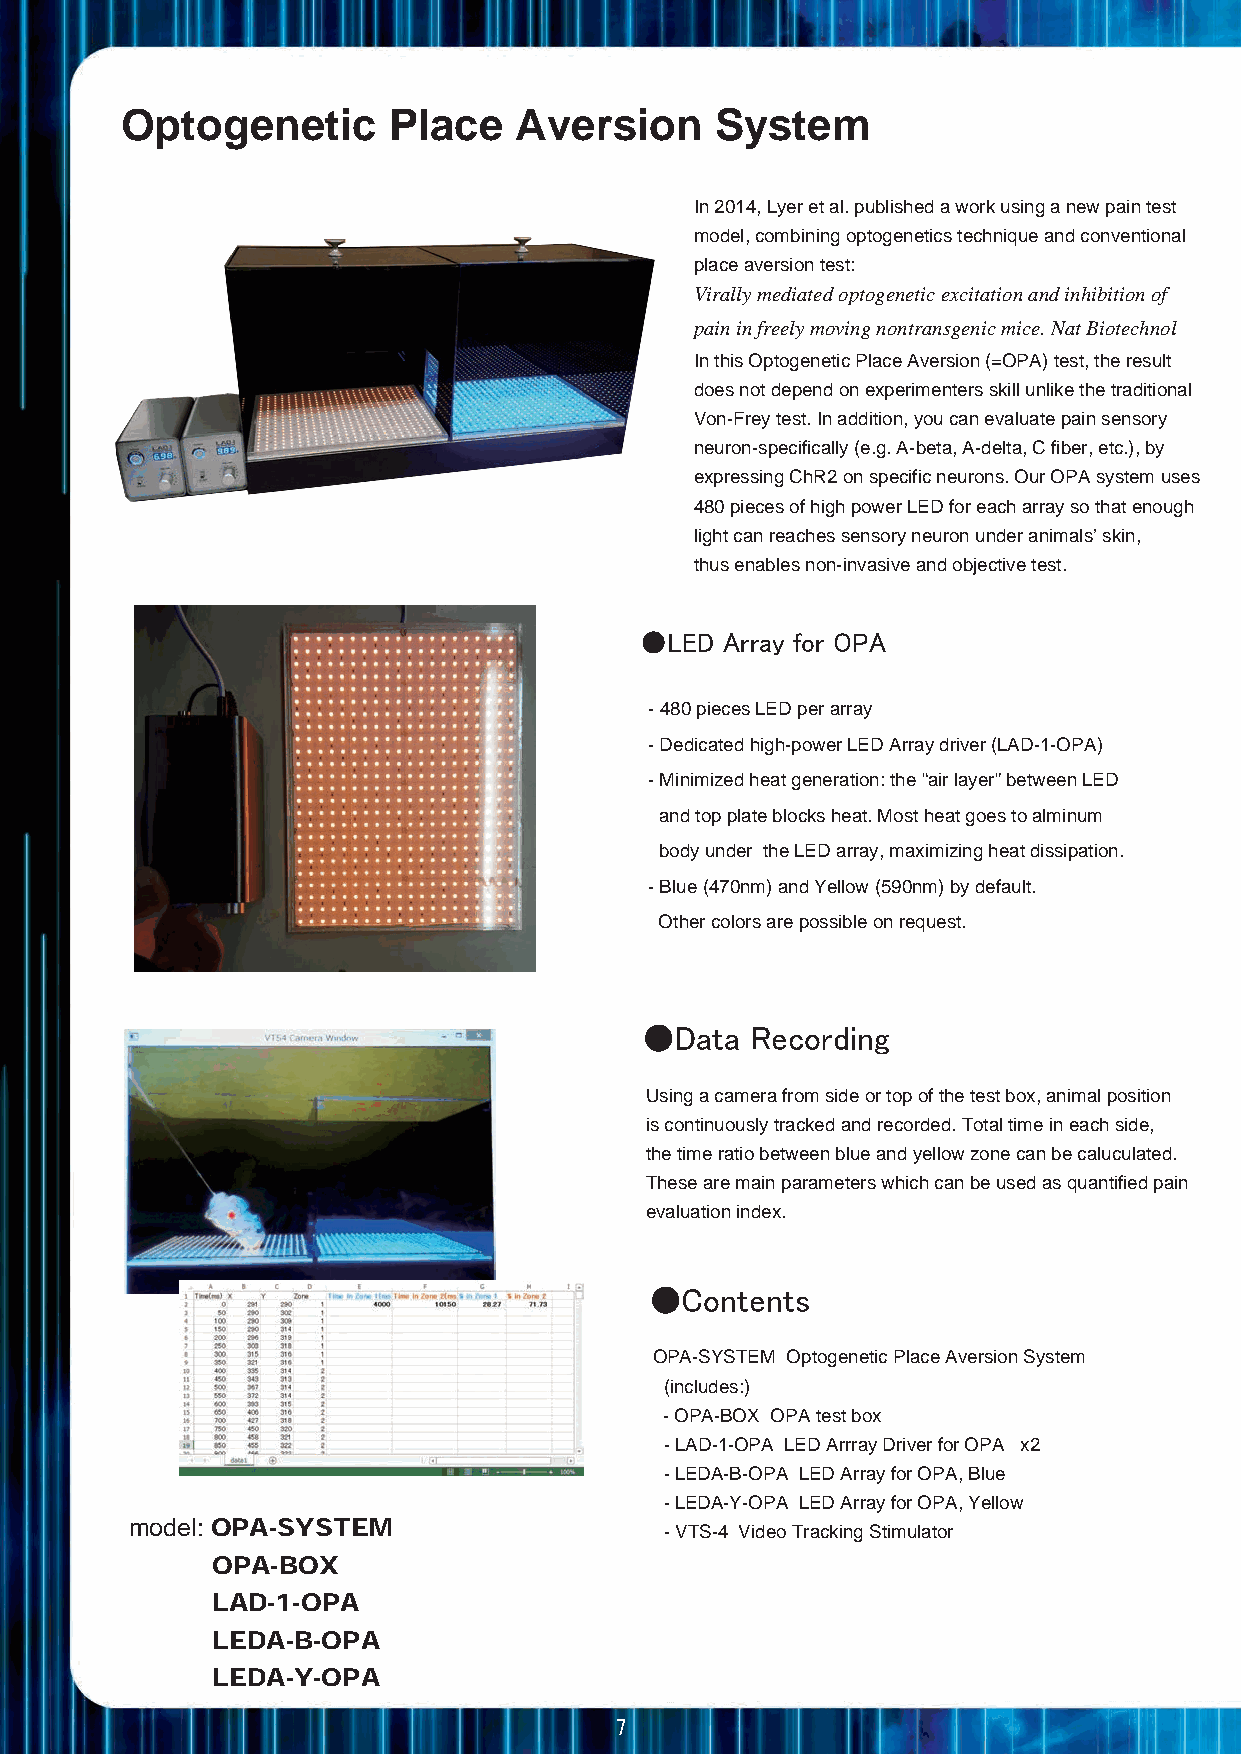
Optogenetic       Place   Aversion     System
 In 2014, Lyer et al. published a work using a new pain test
 model, combining optogenetics technique and conventional
 place aversion test:
 Virally mediated optogenetic excitation and inhibition of
 pain in freely moving nontransgenic mice. Nat Biotechnol
 In this Optogenetic Place Aversion (=OPA) test, the result
 does not depend on experimenters skill unlike the traditional
 Von-Frey test. In addition, you can evaluate pain sensory
 neuron-specifically (e.g. A-beta, A-delta, C fiber, etc.), by
 expressing ChR2 on specific neurons. Our OPA system uses
 480 pieces of high power LED for each array so that enough
 light can reaches sensory neuron under animals’ skin,
 thus enables non-invasive and objective test.
 ●LED  Array for OPA
 - 480 pieces LED per array
 - Dedicated high-power LED Array driver (LAD-1-OPA)
 - Minimized heat generation: the “air layer” between LED
 and top plate blocks heat. Most heat goes to alminum
 body under the LED array, maximizing heat dissipation.
 - Blue (470nm) and Yellow (590nm) by default.
 Other colors are possible on request.
 ●Data   Recording
 Using a camera from side or top of the test box, animal position
 is continuously tracked and recorded. Total time in each side,
 the time ratio between blue and yellow zone can be caluculated.
 These are main parameters which can be used as quantified pain
 evaluation index.
 ●Contents
 OPA-SYSTEM Optogenetic Place Aversion System
 (includes:)
 - OPA-BOX OPA test box
 - LAD-1-OPA LED Arrray Driver for OPA x2
 - LEDA-B-OPA LED Array for OPA, Blue
 - LEDA-Y-OPA LED Array for OPA, Yellow
 model: OPA-SYSTEM
 - VTS-4 Video Tracking Stimulator
 OPA-BOX
 LAD-1-OPA
 LEDA-B-OPA
 LEDA-Y-OPA
 7